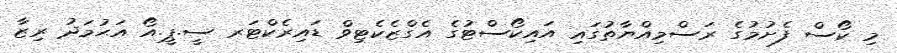
މި ކޯސް ފެށުމުގެ ރަސްމިއްޔާތުގައި އައިކޯސްޓުގެ އެގްޒެކެޓިވް ޑައިރެކްޓަރ ސީ.ޕީ.އޯ އަޙުމަދު ރިޒާ